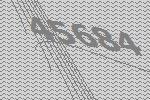
45684